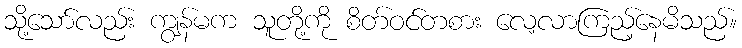
သို့သော်လည်း ကျွန်မက သူတို့ကို စိတ်ဝင်တစား လေ့လာကြည့်နေမိသည်။